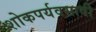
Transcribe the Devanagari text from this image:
शोकपर्यवसावी